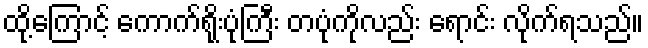
ထို့ကြောင့် ကောက်ရိုးပုံကြီး တပုံကိုလည်း ရောင်း လိုက်ရသည်။